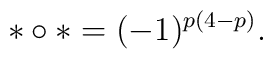
\ast\circ\ast = (-1)^{p(4-p)}.